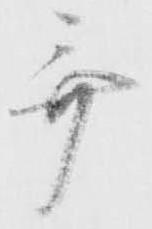
歌